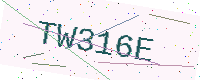
Text: TW316E